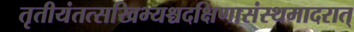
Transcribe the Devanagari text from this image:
तृतीयंतत्सखिभ्यश्चदक्षिणासंस्थमादरात्